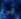
بي